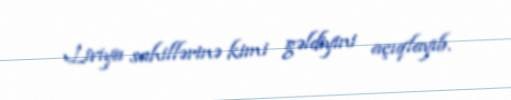
Liviya sahillərinə kimi gəldiyini açıqlayıb.